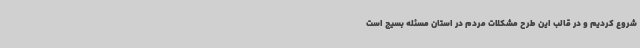
شروع کردیم و در قالب این طرح مشکلات مردم در استان مسئله بسیج است